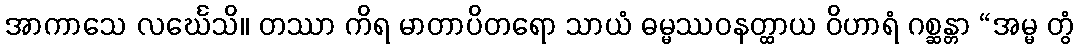
အာကာသေ လင်္ဃေသိ။ တဿာ ကိရ မာတာပိတရော သာယံ ဓမ္မဿဝနတ္ထာယ ဝိဟာရံ ဂစ္ဆန္တာ “အမ္မ တွံ